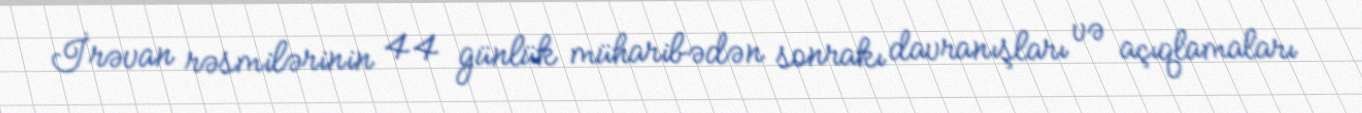
İrəvan rəsmilərinin 44 günlük müharibədən sonrakı davranışları və açıqlamaları